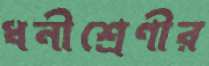
ধনীশ্রেণীর